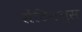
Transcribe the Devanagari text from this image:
सेंटिनल्स